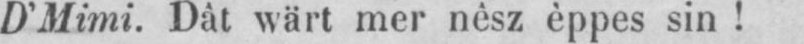
D’Mimi. Dàt wärt mer nèsz èppes sin!